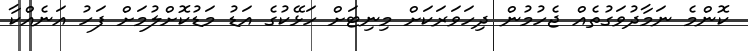
ކޮންމެ ނަމާދުވަގުތެއް ޖެހުމުން ދިހަވަރަކަށް މިނިޓަށް ހަޅޭކުގެ އަޑު މަޑުކޮށްލުމަށް ފަހު އަނެއްކާ